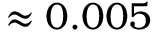
\approx 0 . 0 0 5